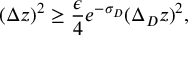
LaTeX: ( \Delta z ) ^ { 2 } \ge { \frac { \epsilon } { 4 } } e ^ { - \sigma _ { D } } ( \Delta _ { D } z ) ^ { 2 } ,